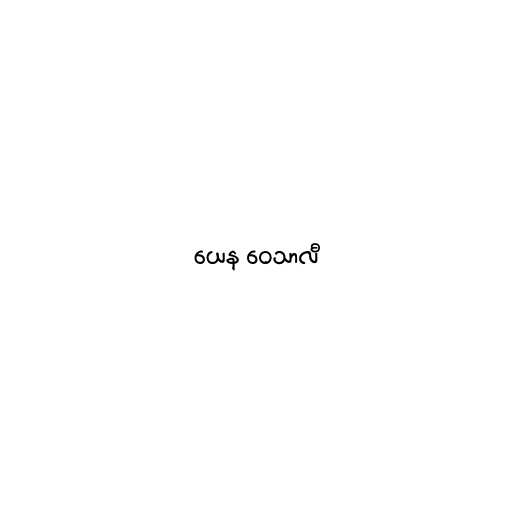
ယေန ဝေသာလီ